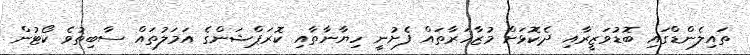
ތައިލެންޑްގައި ބޮޑުވަޒީރާއި ދެކޮޅަށް މުޒާހަރާތައް ފެށުނީ ހިޔާނާތާއި ކޮރަޕްޝަންގެ އަމަލުތައް ސާބިތުވެ ކޯޓުން